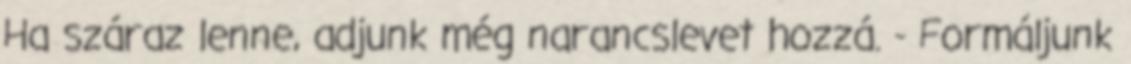
Ha száraz lenne, adjunk még narancslevet hozzá. - Formáljunk